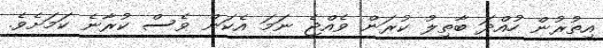
އިތުރުން ހުއްދަ ބާތިލު ކުރަން ވެއްޖެ ނަމަ އެކަން ވެސް ކުރާނެ ކަމަށެވެ.